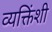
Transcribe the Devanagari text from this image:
व्यक्तिंशी